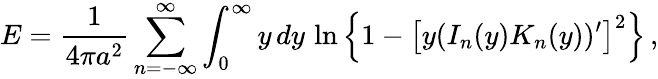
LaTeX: E=\frac{1}{4\pi a^{2}}\sum_{n=-\infty}^{\infty}\int_{0}^{\infty}y\, dy\, \ln\left\{ 1-\left[y(I_{n}(y)K_{n}(y))^{\prime}\right]^{2}\right\} \, ,